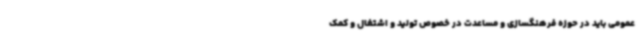
عمومی باید در حوزه فرهنگسازی و مساعدت در خصوص تولید و اشتغال و کمک